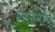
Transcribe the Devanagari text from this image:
संभोगात